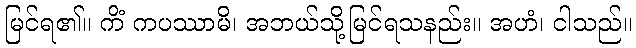
မြင်ရ၏။ ကိံ ကပဿာမိ၊ အဘယ်သို့မြင်ရသနည်း။ အဟံ၊ ငါသည်။